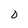
Character: D